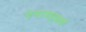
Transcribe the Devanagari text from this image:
एंपायर्सचे